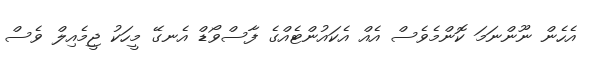
އެހެން ނޫންނަމަ ކޮންމެވެސް އެއް އެކައުންޓެއްގެ ފާސްވޯޑް އެނގޭ މީހަކު ޖީމެއިލް ވެސް